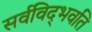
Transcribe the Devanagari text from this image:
सर्वविद्‍भवति